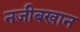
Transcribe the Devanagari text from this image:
नजीबखान